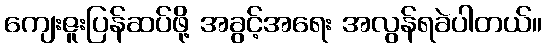
ကျေးဇူးပြန်ဆပ်ဖို့ အခွင့်အရေး အလွန်ရခဲပါတယ်။